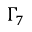
\Gamma _ { 7 }